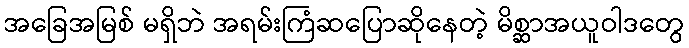
အခြေအမြစ် မရှိဘဲ အရမ်းကြံဆပြောဆိုနေတဲ့ မိစ္ဆာအယူဝါဒတွေ